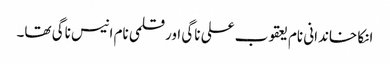
انکا خاندانی نام یعقوب علی ناگی اور قلمی نام انیس ناگی تھا۔